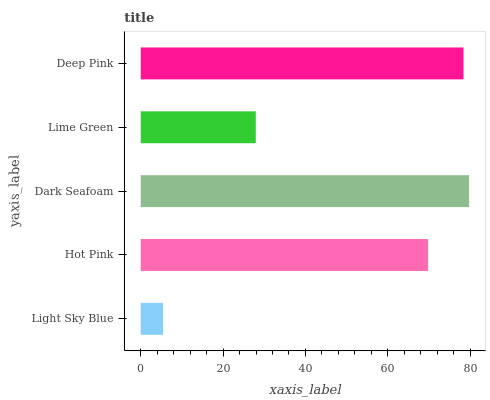
| yaxis_label | bars |
 | --- | --- |
 | Light Sky Blue | 5.41 |
 | Hot Pink | 69.8 |
 | Dark Seafoam | 79.7 |
 | Lime Green | 27.9 |
 | Deep Pink | 78.4 |